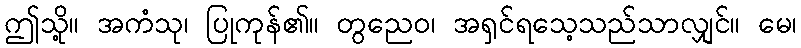
ဤသို့။ အကံသု၊ ပြုကုန်၏။ တွညေဝ၊ အရှင်ရသေ့သည်သာလျှင်။ မေ၊